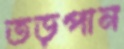
তড়পান